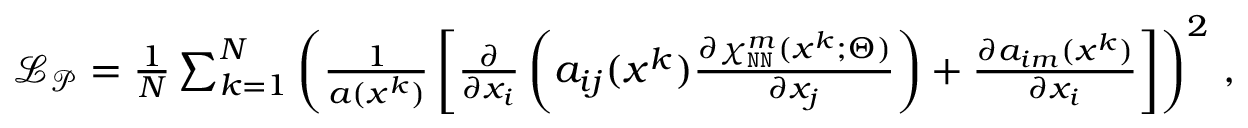
\begin{array} { r } { \mathcal { L } _ { \mathcal { P } } = \frac { 1 } { N } \sum _ { k = 1 } ^ { N } \left( \frac { 1 } { a ( \boldsymbol x ^ { k } ) } \left[ \frac { \partial } { \partial x _ { i } } \left( a _ { i j } ( \boldsymbol x ^ { k } ) \frac { \partial \chi _ { \mathtt { N N } } ^ { m } ( \boldsymbol x ^ { k } ; \boldsymbol \Theta ) } { \partial x _ { j } } \right) + \frac { \partial a _ { i m } ( \boldsymbol x ^ { k } ) } { \partial x _ { i } } \right] \right) ^ { 2 } \, , } \end{array}